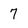
Character: 7